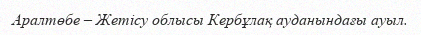
Аралтөбе – Жетісу облысы Кербұлақ ауданындағы ауыл.